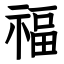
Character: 福